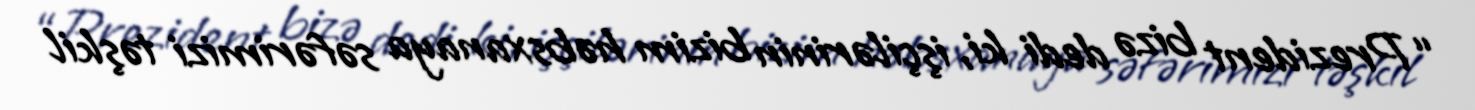
“Prezident bizə dedi ki, işçilərinin bizim həbsxanaya səfərimizi təşkil